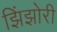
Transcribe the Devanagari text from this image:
झिंझोरी